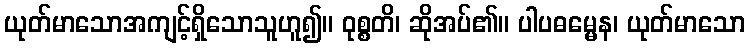
ယုတ်မာသောအကျင့်ရှိသောသူဟူ၍။ ဝုစ္စတိ၊ ဆိုအပ်၏။ ပါပဓမ္မေန၊ ယုတ်မာသော